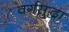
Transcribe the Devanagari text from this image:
वर्गसुद्धा